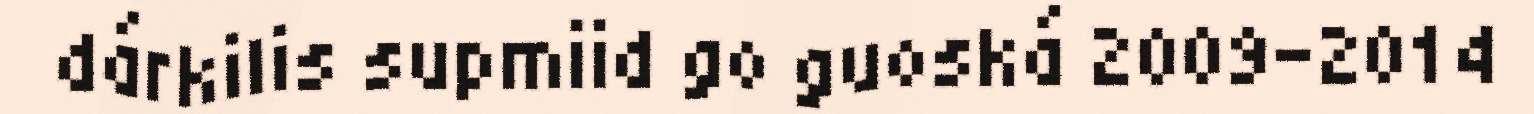
dárkilis supmiid go guoská 2009-2014